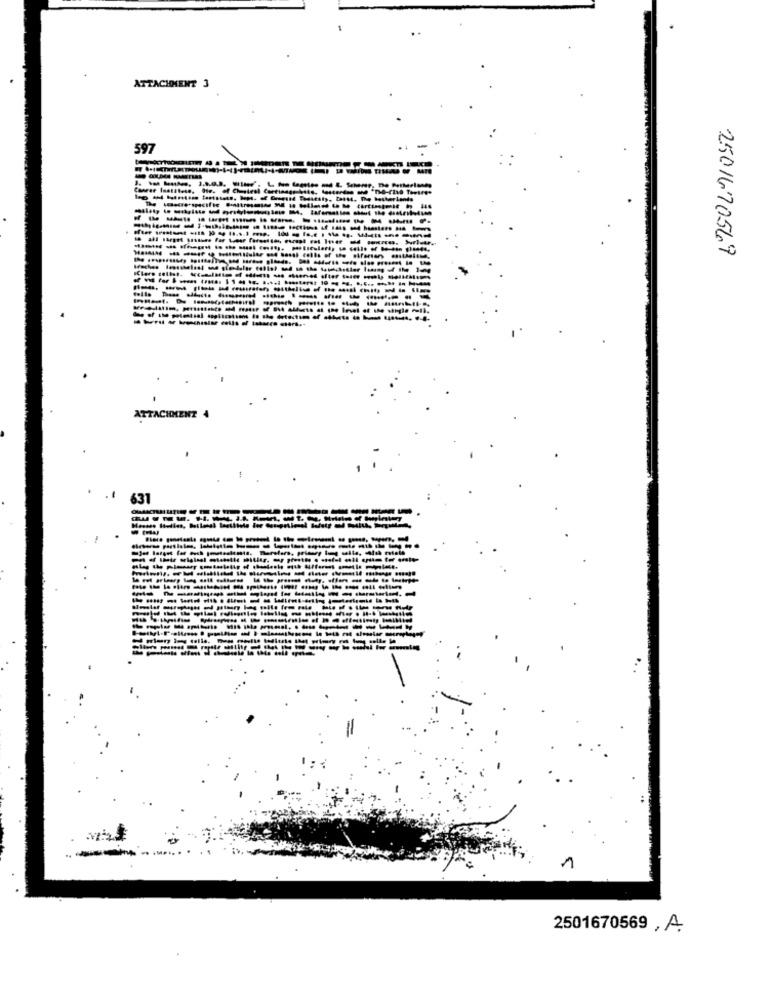
ATTACHMENT 3
597
-----
Canrer Inatteso, Ote. of Chostest Cartinags bits, lastardes we "po-(lah Towtres
saber Lands
-------------
2501670569
ATTACHMENT
631
1
2501670569 , A